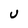
Character: U